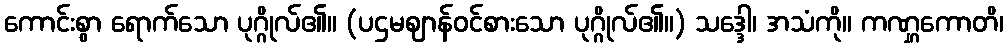
ကောင်းစွာ ရောက်သော ပုဂ္ဂိုလ်၏။ (ပဌမဈာန်ဝင်စားသော ပုဂ္ဂိုလ်၏။) သဒ္ဒေါ၊ အသံကို။ ကဏ္ဋကောတိ၊